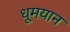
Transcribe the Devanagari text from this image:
धूमयान